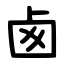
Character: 卥